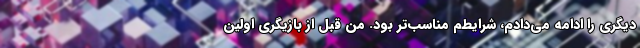
دیگری را ادامه می‌دادم، شرایطم مناسب‌تر بود. من قبل از بازیگری اولین